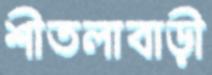
শীতলাবাড়ী